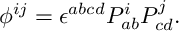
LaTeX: \phi ^ { i j } = \epsilon ^ { a b c d } P _ { a b } ^ { i } P _ { c d } ^ { j } .